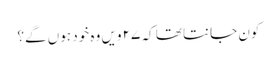
کون جانتا تھا کہ ۲۷ ویں وہ خود ہوں گے؟